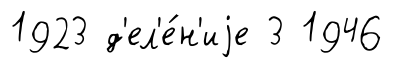
1923 д'ел'е́н'иjе 3 1946